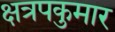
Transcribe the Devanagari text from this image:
क्षत्रपकुमार